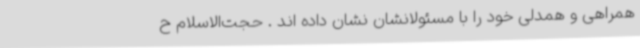
همراهی و همدلی خود را با مسئولانشان نشان داده اند . حجت‌الاسلام ح